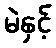
မဲနှင့်